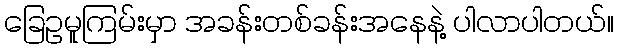
ခြေဥမူကြမ်းမှာ အခန်းတစ်ခန်းအနေနဲ့ ပါလာပါတယ်။